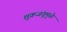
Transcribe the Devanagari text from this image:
शुक्रजंतूमुळे